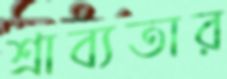
শ্রাব্যতার